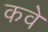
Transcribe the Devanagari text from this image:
कवे